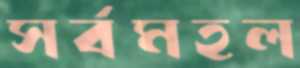
সর্বমহল